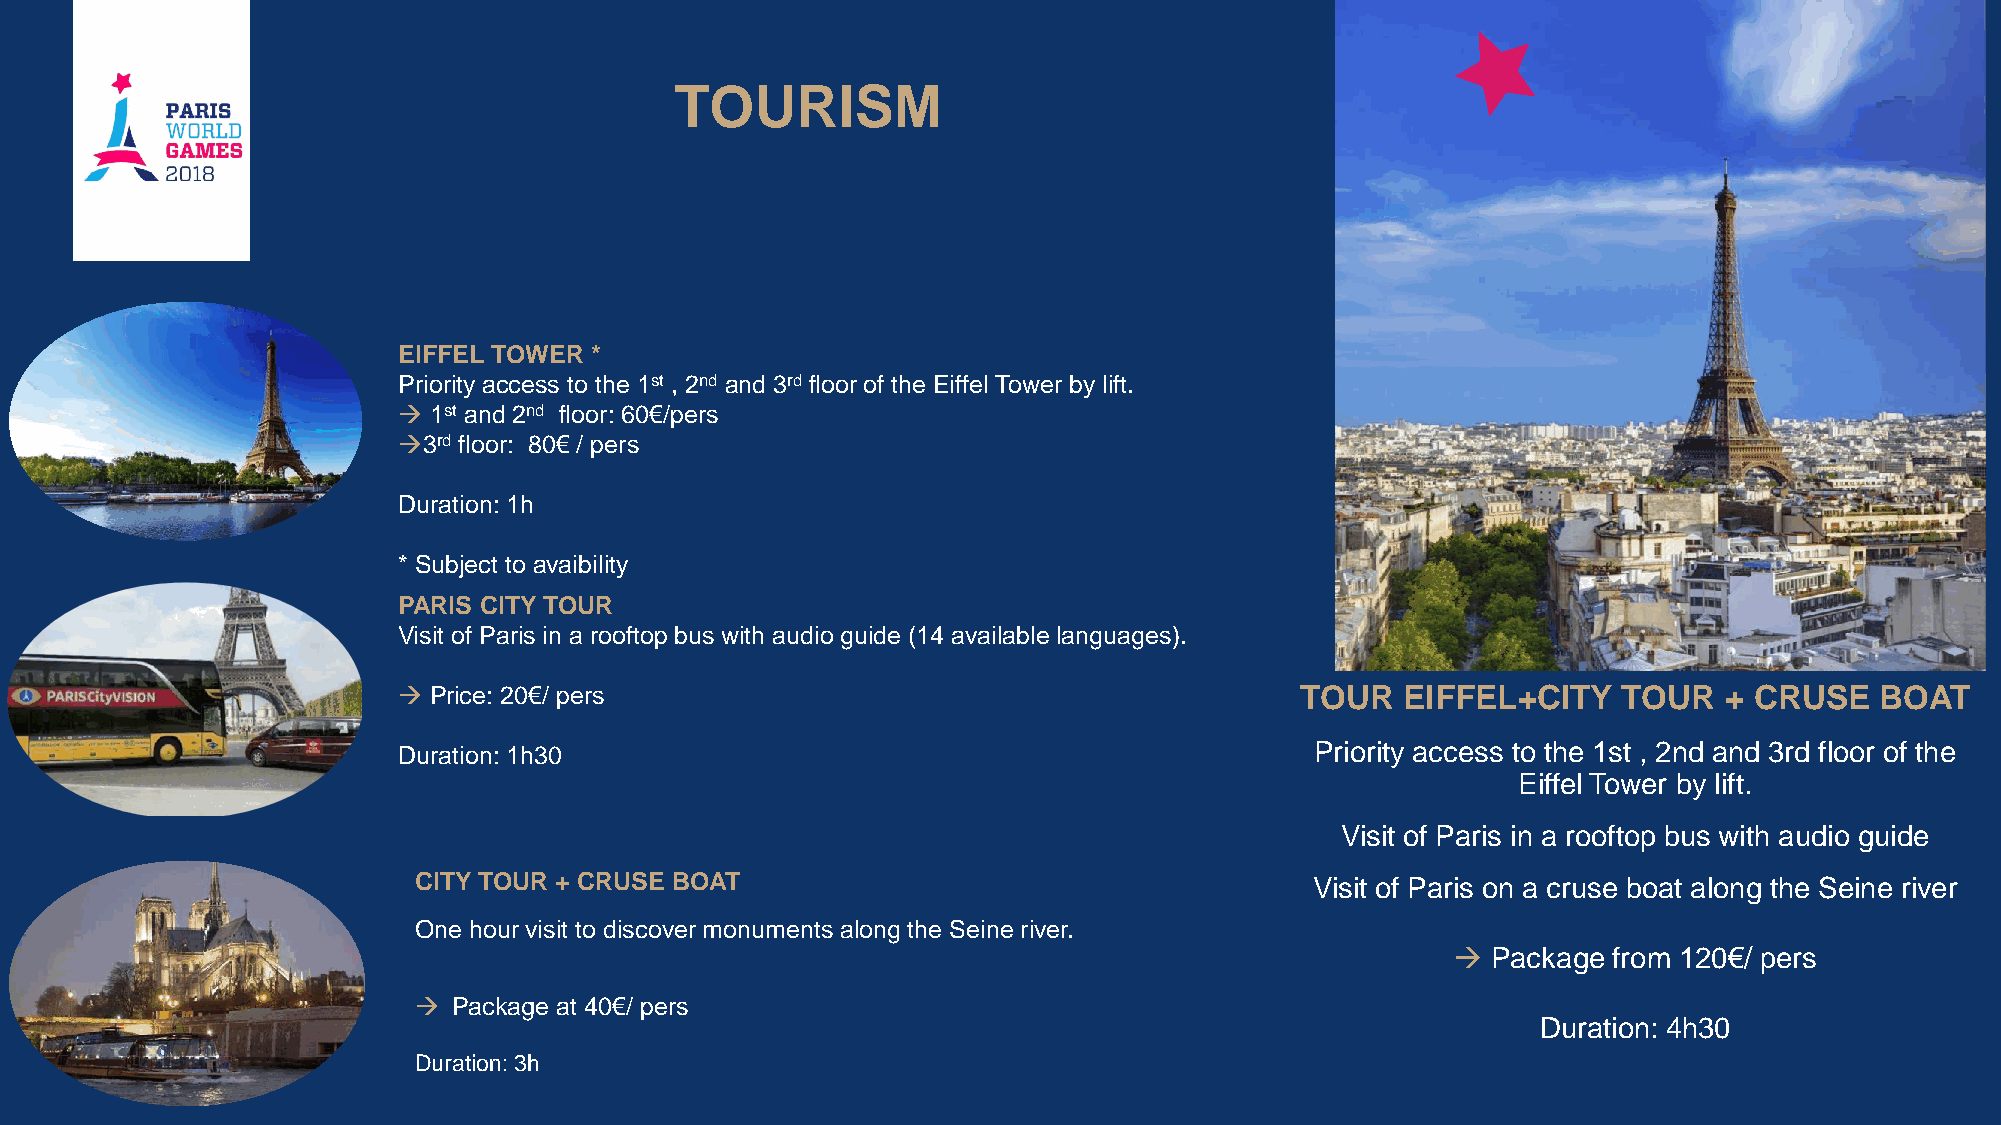
TOURISM
 EIFFEL TOWER *
 Priority access to the 1st , 2nd and 3rd floor of the Eiffel Tower by lift.
  1st and 2nd floor: 60€/pers
 3rd floor: 80€ / pers
 Duration: 1h
 * Subject to avaibility
 PARIS CITY TOUR
 Visit of Paris in a rooftop bus with audio guide (14 available languages).
  Price: 20€/ pers                                          TOUR   EIFFEL+CITY   TOUR   + CRUSE   BOAT
 Duration: 1h30                                               Priority access to the 1st , 2nd and 3rd floor of the
 Eiffel Tower by lift.
 Visit of Paris in a rooftop bus with audio guide
 CITY TOUR + CRUSE BOAT                                      Visit of Paris on a cruse boat along the Seine river
 One hour visit to discover monuments along the Seine river.
   Package from 120€/ pers
   Package at 40€/ pers
 Duration: 4h30
 Duration: 3h